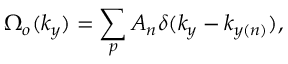
\Omega _ { o } ( k _ { y } ) = \sum _ { p } A _ { n } \delta ( k _ { y } - k _ { y ( n ) } ) ,